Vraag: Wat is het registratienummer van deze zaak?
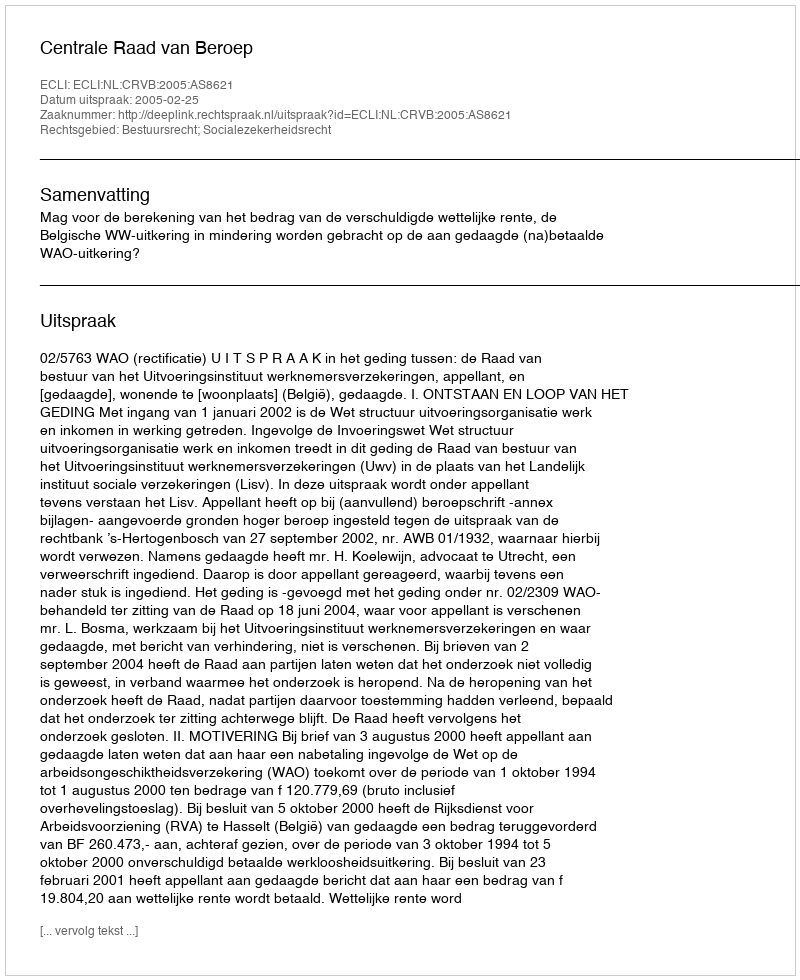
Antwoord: http://deeplink.rechtspraak.nl/uitspraak?id=ECLI:NL:CRVB:2005:AS8621